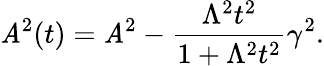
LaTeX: \mathit{A}^{2}(t)=\mathit{A}^{2}-\frac{{\Lambda^{2}t^{2}}}{{1+\Lambda^{2}t^{2}}}\gamma^{2}.